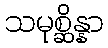
သမုစ္ဆိန္နာ